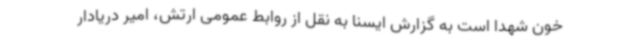
خون شهدا است به گزارش ایسنا به نقل از روابط عمومی ارتش، امیر دریادار